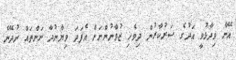
އޭނާ ވިދާޅުވީ އަދުގެ ސަރުކާރުން ދިވެހި ޒުވާނުންނަށް އެފަދަ ވިޔާނުދާ ނަންތައް ނުދޭނެ